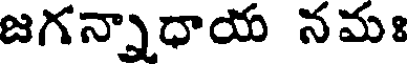
జగన్నాధాయ నమః